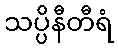
သပ္ပိနီတီရံ